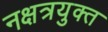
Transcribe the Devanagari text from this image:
नक्षत्रयुक्त